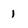
Character: 1